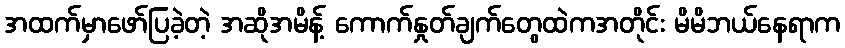
အထက်မှာဖော်ပြခဲ့တဲ့ အဆိုအမိန့် ကောက်နှုတ်ချက်တွေထဲကအတိုင်း မိမိဘယ်နေရာက